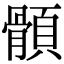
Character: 顝